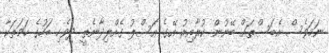
ނަމަވެސް އެބަސްތައް ބޭނުން ކުރާއިރު އޭގެ އަސްލު ގެއްލިދާނެތީ ދިވެހި ބަހުގެ ހަމަތަކާ